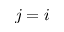
j = i